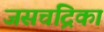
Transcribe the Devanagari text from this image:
जसचंद्रिका